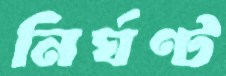
নির্ঘণ্ট